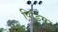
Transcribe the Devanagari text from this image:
पिडिम